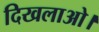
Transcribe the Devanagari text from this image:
दिखलाओ।